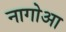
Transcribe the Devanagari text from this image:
नागोआ